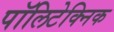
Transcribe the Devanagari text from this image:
पॉलिटेक्‍निक